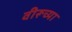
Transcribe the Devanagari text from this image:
वीरूच्या